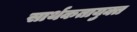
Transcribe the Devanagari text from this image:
सार्थकतायुक्त